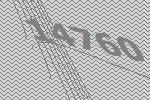
14760